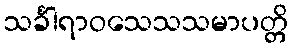
သင်္ခါရာဝသေသသမာပတ္တိ